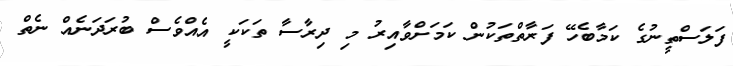
ފަލަސްތީނުގެ ކަމާބެހޭ ފަރާތްތަކުން ކަމަށްވާއިރު މި ދިރާސާ ތަކަކީ އެއްވެސް ބުރަދަނެއް ނެތް